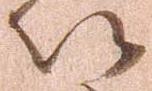
以